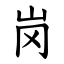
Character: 岗